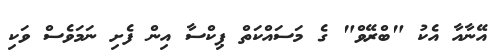
އޭނާއާ އެކު "ބްރޭވް" ގެ މަސައްކަތް ޕިކްސާ އިން ފެށި ނަމަވެސް ވަކި